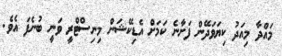
މައްދާ މިއަދު ކިޔަވަދޭން ފަށާނެ ކަމަށް އެޑިކޭޝަން މިނިސްޓްރީ ވަނީ ބުނެފަ އެވެ.